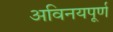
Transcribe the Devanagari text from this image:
अविनयपूर्ण